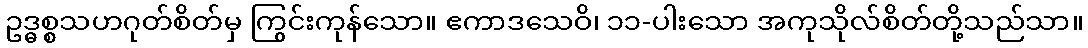
ဥဒ္ဓစ္စသဟဂုတ်စိတ်မှ ကြွင်းကုန်သော။ ဧကာဒသေဝိ၊ ၁၁-ပါးသော အကုသိုလ်စိတ်တို့သည်သာ။